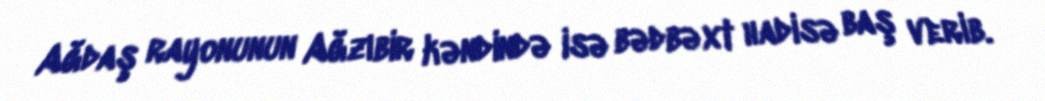
Ağdaş rayonunun Ağzıbir kəndində isə bədbəxt hadisə baş verib.